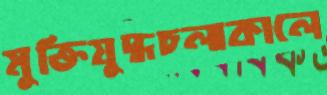
মুক্তিযুদ্ধচলাকালে